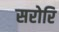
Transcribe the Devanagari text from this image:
सरोरि